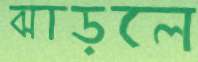
ঝাড়লে